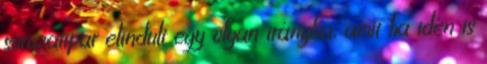
sorozatipar elindult egy olyan irányba, amit ha idén is